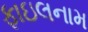
ફાઇલનામ